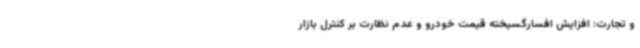
و تجارت: افزایش افسارگسیخته قیمت خودرو و عدم نظارت بر کنترل بازار